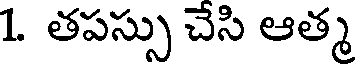
1. తపస్సు చేసి ఆత్మ